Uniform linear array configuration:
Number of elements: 16
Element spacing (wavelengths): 0.75
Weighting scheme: exponential
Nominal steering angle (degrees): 30
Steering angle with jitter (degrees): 28.456
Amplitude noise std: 0.05
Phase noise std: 0.05

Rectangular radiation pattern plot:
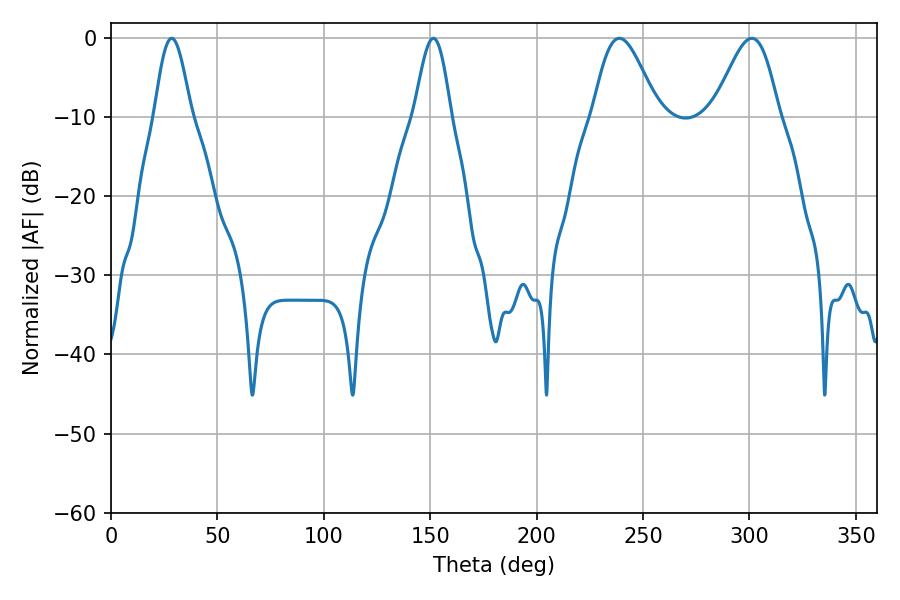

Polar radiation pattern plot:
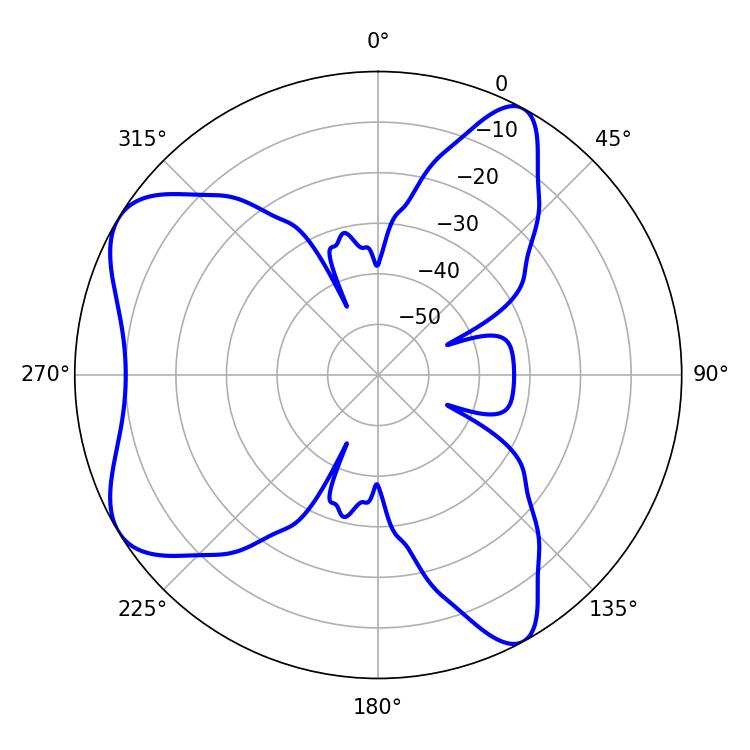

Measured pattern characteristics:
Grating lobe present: TRUE
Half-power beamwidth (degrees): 16.2
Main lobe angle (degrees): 238.86